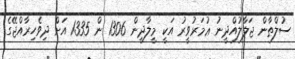
ސުލްޠާން ޖަލާލުއްދީނު ޢުމަރުވީރު އަކީ މީލާދީން 1306 ން 1335 އަށް ދިވެހިރާއްޖޭގެ